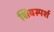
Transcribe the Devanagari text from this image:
शिवस्पर्श